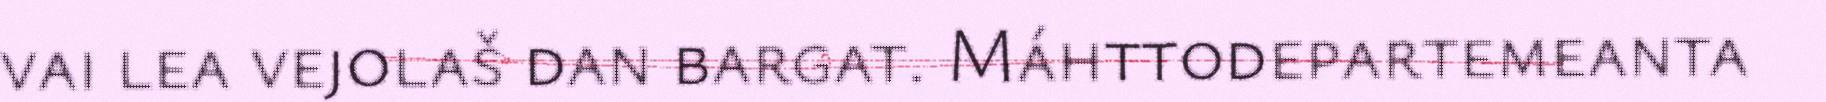
vai lea vejolaš dan bargat. Máhttodepartemeanta